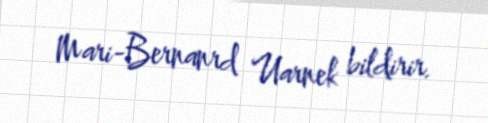
Mari-Bernanrd Uarnek bildirir.